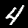
Digit: 4